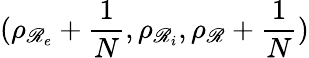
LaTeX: (\rho_{\mathscr{R}_{e}}+\frac{{1}}{{N}},\rho_{\mathscr{R}_{i}},\rho_{\mathscr{R}}+\frac{{1}}{{N}})